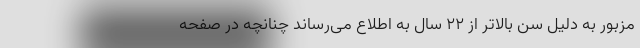
مزبور به دلیل سن بالاتر از ۲۲ سال به اطلاع می‌رساند چنانچه در صفحه